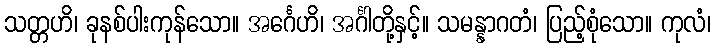
သတ္တဟိ၊ ခုနစ်ပါးကုန်သော။ အင်္ဂေဟိ၊ အင်္ဂါတို့နှင့်။ သမန္နာဂတံ၊ ပြည့်စုံသော။ ကုလံ၊